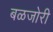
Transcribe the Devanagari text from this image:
बळजोरी